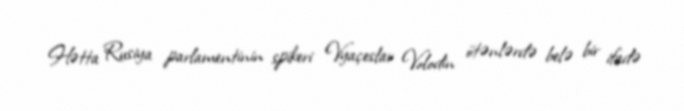
Hətta Rusiya parlamentinin spikeri Vyaçeslav Volodin ötənlərdə belə bir ifadə